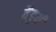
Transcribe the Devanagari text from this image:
वैडुर्य